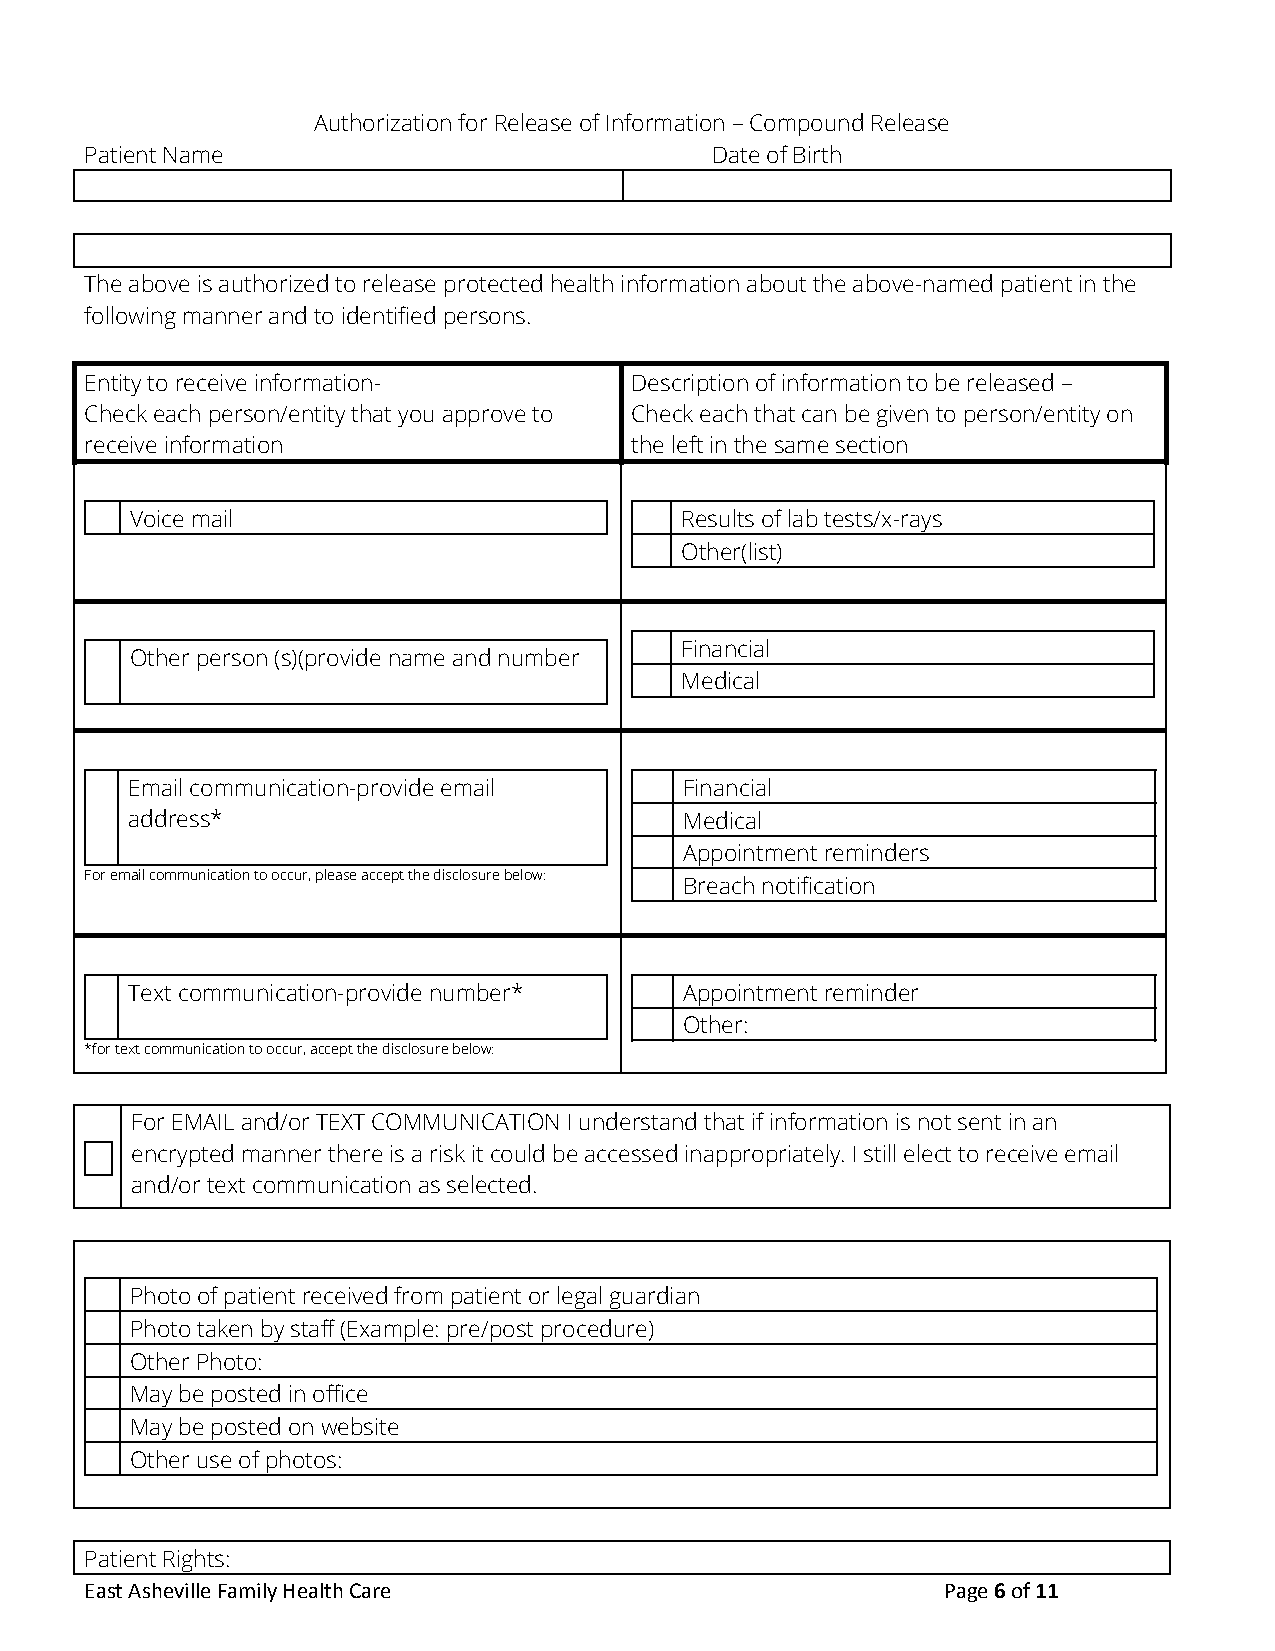
Authorization for Release of Information – Compound Release
 Patient Name                             Date of Birth
 The above is authorized to release protected health information about the above-named patient in the
 following manner and to identified persons.
 Entity to receive information-      Description of information to be released –
 Check each person/entity that you approve to Check each that can be given to person/entity on
 receive information                 the left in the same section
 Voice mail                          Results of lab tests/x-rays
 Other(list)
 Financial
 Other person (s)(provide name and number
 Medical
 Email communication-provide email    Financial
 address*                             Medical
 Appointment reminders
 For email communication to occur, please accept the disclosure below:
 Breach notification
 Text communication-provide number*   Appointment reminder
 Other:
 *for text communication to occur, accept the disclosure below:
 For EMAIL and/or TEXT COMMUNICATION I understand that if information is not sent in an
 encrypted manner there is a risk it could be accessed inappropriately. I still elect to receive email
 and/or text communication as selected.
 Photo of patient received from patient or legal guardian
 Photo taken by staff (Example: pre/post procedure)
 Other Photo:
 May be posted in office
 May be posted on website
 Other use of photos:
 Patient Rights:
 East Asheville Family Health Care                       Page 6 of 11
 ​ ​ ​